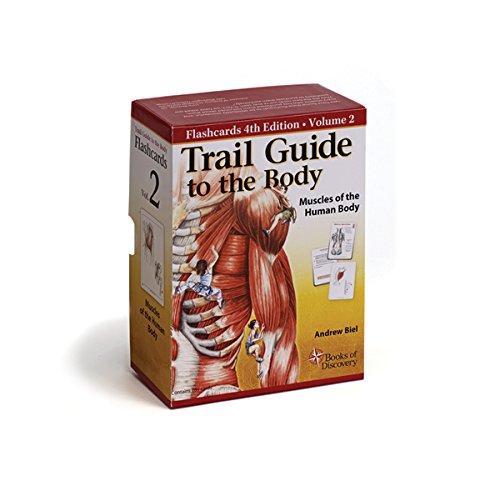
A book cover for Trail Guide to the Body Flashcards Vol. 2: Muscles of the Body; Andrew Biel; Medical Books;